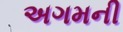
અગમની